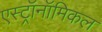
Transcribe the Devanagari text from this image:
एस्ट्रॉनॉमिकल